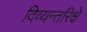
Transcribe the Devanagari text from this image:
दिव्यन्तरिक्षे